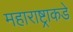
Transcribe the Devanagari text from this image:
महाराष्ट्राकडे